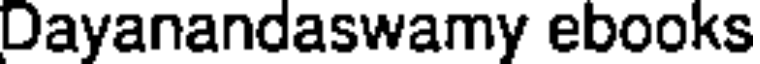
Dayanandaswamy ebooks